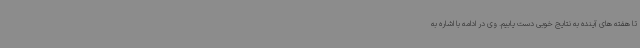
تا هفته های آینده به نتایج خوبی دست یابیم. وی در ادامه با اشاره به